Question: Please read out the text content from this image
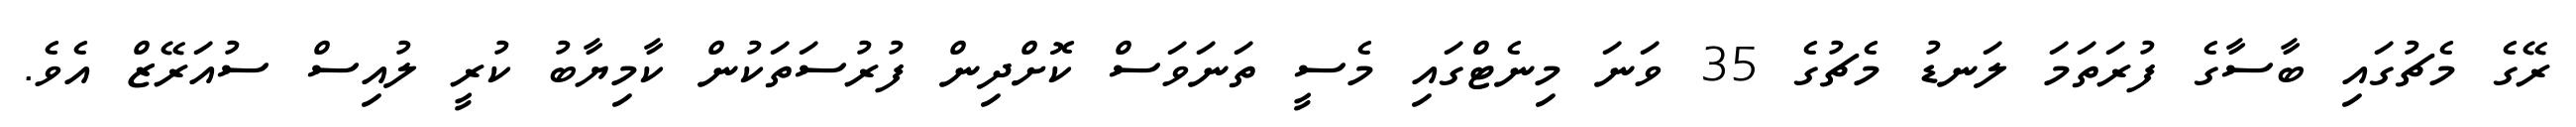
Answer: ރޭގެ މެޗުގައި ބާސާގެ ފުރަތަމަ ލަނޑު މެޗުގެ 35 ވަނަ މިނެޓްގައި މެސީ ތަނަވަސް ކޮށްދިން ފުރުސަތަކުން ކާމިޔާބު ކުރީ ލުއިސް ސުއަރޭޒް އެވެ.